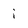
Character: i